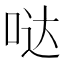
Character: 哒